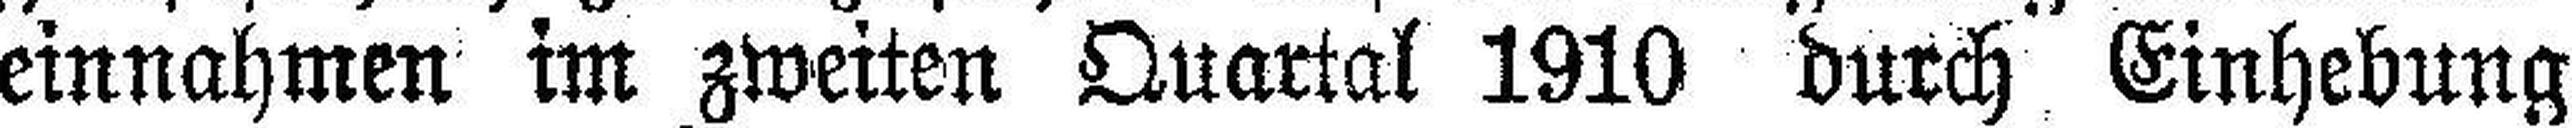
einnahmen im zweiten Quartal 1910 durch Einhebung